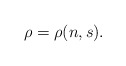
\begin{align*} \rho=\rho(n,s).\end{align*}